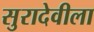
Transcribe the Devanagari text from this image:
सुरादेवीला